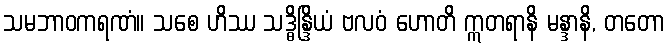
သမဘာဝကရဏံ။ သစေ ဟိဿ သဒ္ဓိန္ဒြိယံ ဗလဝံ ဟောတိ ဣတရာနိ မန္ဒာနိ, တတော